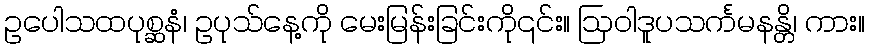
ဥပေါသထပုစ္ဆနံ၊ ဥပုသ်နေ့ကို မေးမြန်းခြင်းကို၎င်း။ ဩဝါဒူပသင်္ကမနန္တိ၊ ကား။